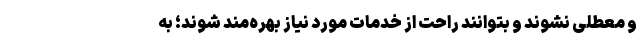
و معطلی نشوند و بتوانند راحت از خدمات مورد نیاز بهره‌مند شوند؛ به